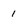
Character: 1